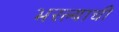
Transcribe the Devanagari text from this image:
भरल्याची